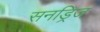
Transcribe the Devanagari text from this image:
सनड्रिज